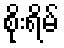
စိုးရိမ်